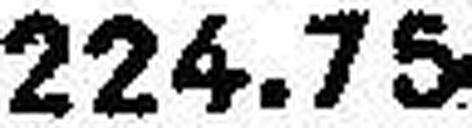
224.75